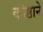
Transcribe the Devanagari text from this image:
कोष्ठाने